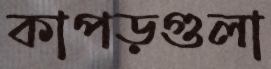
কাপড়গুলা